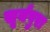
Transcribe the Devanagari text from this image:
सूर्यपुरा